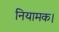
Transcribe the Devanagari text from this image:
नियामक।